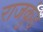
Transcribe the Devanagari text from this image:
राजकुंड़